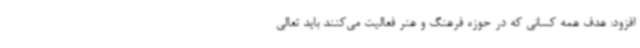
افزود: هدف همه کسانی که در حوزه فرهنگ و هنر فعالیت می‌کنند باید تعالی